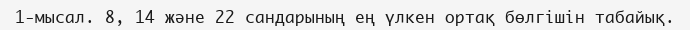
1-мысал. 8, 14 және 22 сандарының ең үлкен ортақ бөлгішін табайық.